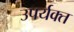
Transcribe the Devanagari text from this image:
उपर्यक्त